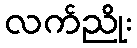
လက်ညိုး